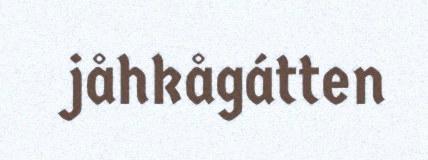
jåhkågátten